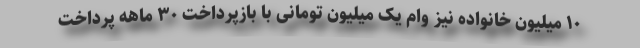
۱۰ میلیون خانواده نیز وام یک میلیون تومانی با بازپرداخت ۳۰ ماهه پرداخت